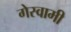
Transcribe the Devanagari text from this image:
गेस्वामी